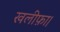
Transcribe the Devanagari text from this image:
खलीफ़ा।